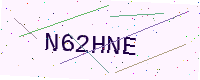
Text: N62HNE